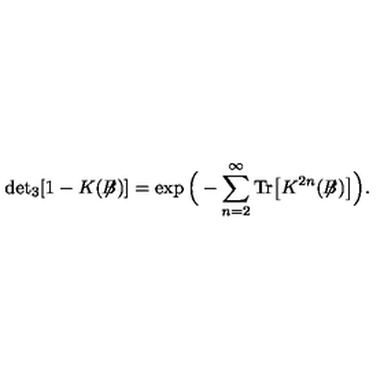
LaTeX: \mathrm { d e t } _ { 3 } [ 1 - K ( \not { \! \! B } ) ] = \exp \Big ( - \sum _ { n = 2 } ^ { \infty } \mathrm { T r } \big [ K ^ { 2 n } ( \not { \! \! B } ) \big ] \Big ) .